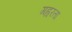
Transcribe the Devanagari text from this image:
गह्वरता